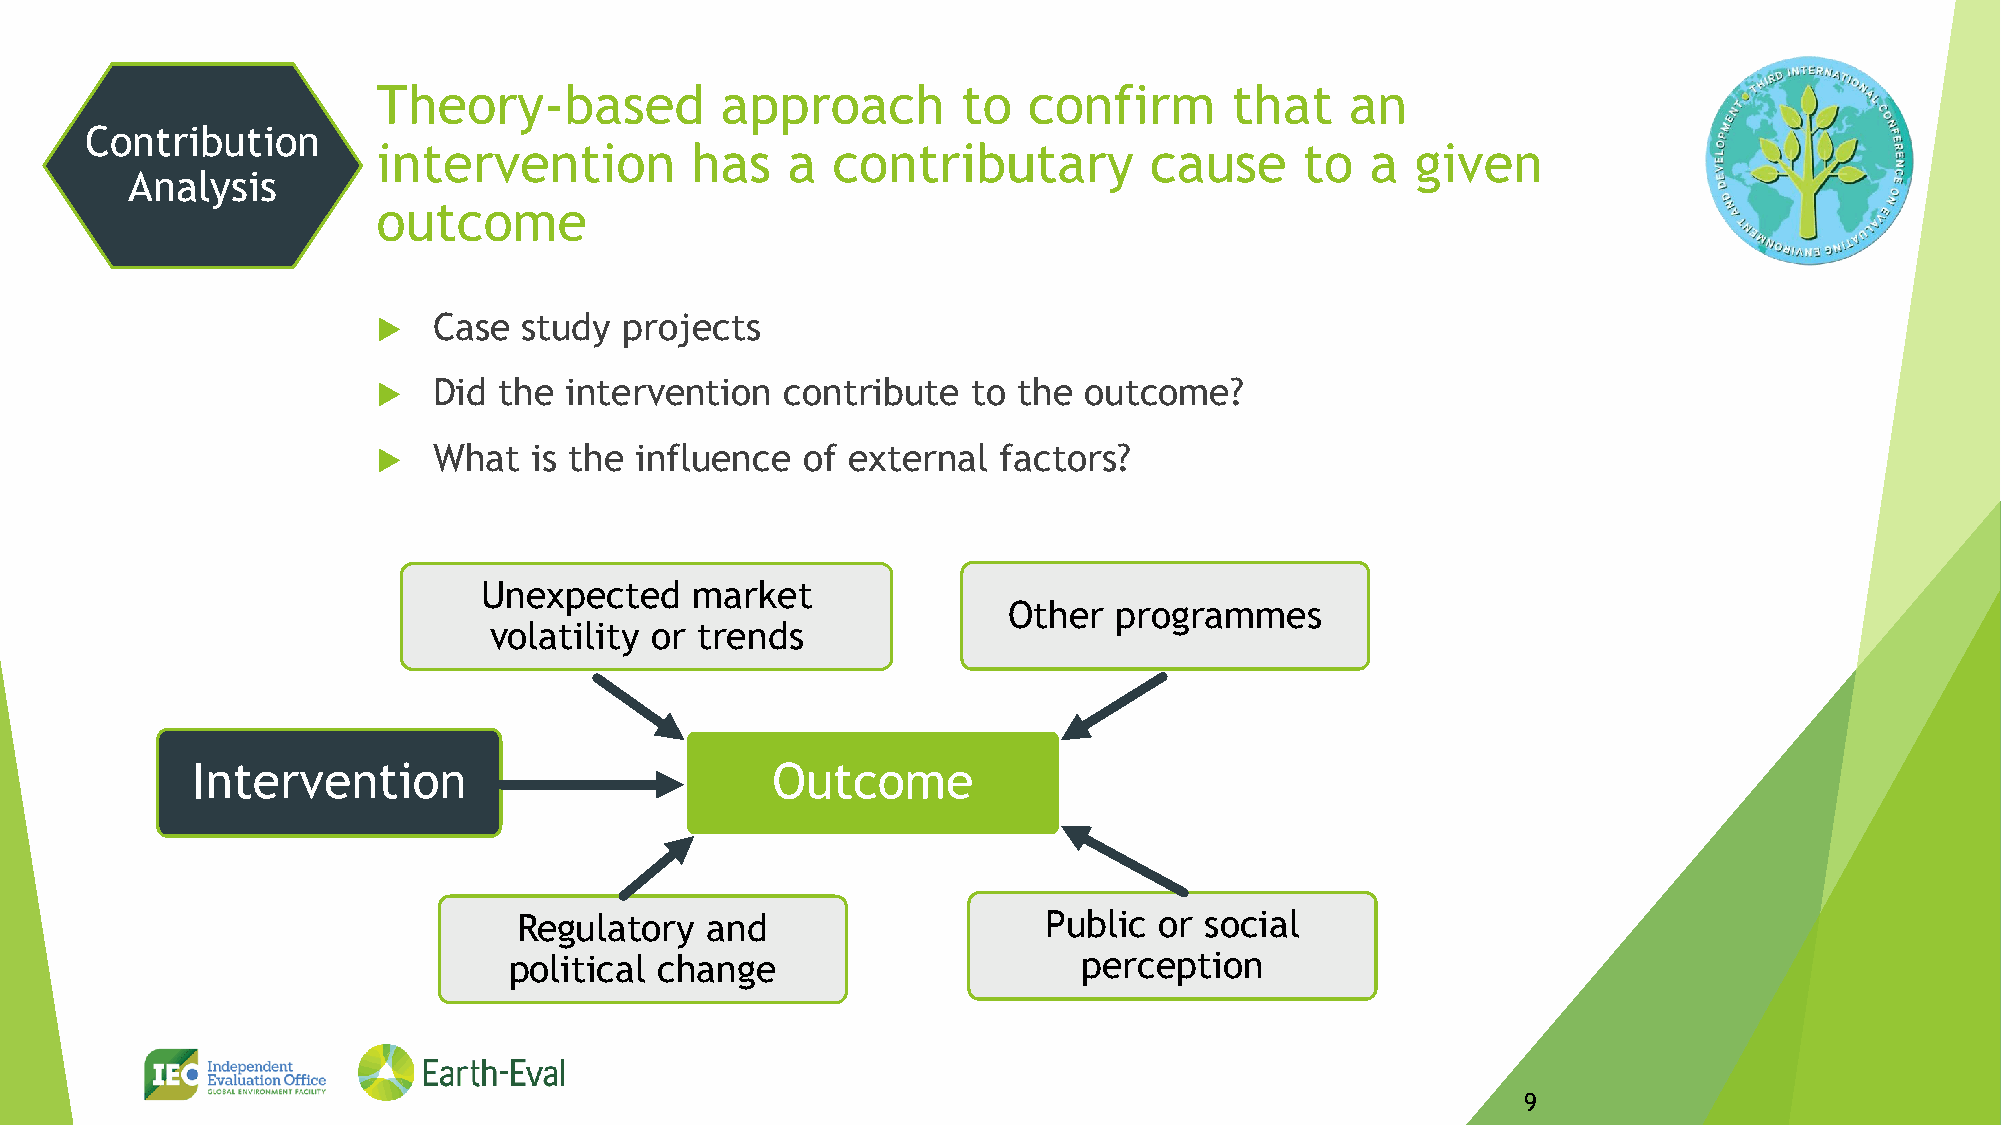
Theory-based           approach        to  confirm       that   an
 Contribution
 intervention         has   a  contributary         cause     to   a  given
 Analysis
 outcome
    Case  study projects
    Did the intervention   contribute  to the  outcome?
    What  is the influence  of external  factors?
 Unexpected    market
 Other  programmes
 volatility or trends
 Intervention                          Outcome
 Regulatory   and                   Public  or social
 political change                      perception
 Arepo Consult                           9